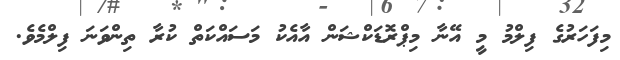
މިފަހަރުގެ ފިލްމު މީ އޭނާ މިޕްރޮޑަކްޝަން އާއެކު މަސައްކަތް ކުރާ ތިންވަނަ ފިލްމެވެ.